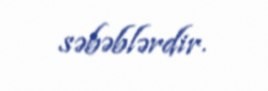
səbəblərdir.